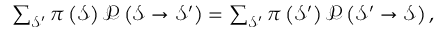
\begin{array} { r } { \sum _ { \mathcal { S } ^ { \prime } } \pi \left( \mathcal { S } \right) \mathcal { P } \left( \mathcal { S } \rightarrow \mathcal { S } ^ { \prime } \right) = \sum _ { \mathcal { S } ^ { \prime } } \pi \left( \mathcal { S } ^ { \prime } \right) \mathcal { P } \left( \mathcal { S } ^ { \prime } \rightarrow \mathcal { S } \right) , } \end{array}